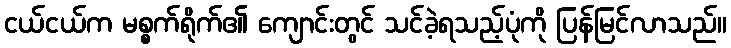
ငယ်ငယ်က မစ္စက်ရိုက်၏ ကျောင်းတွင် သင်ခဲ့ရသည့်ပုံကို ပြန်မြင်လာသည်။